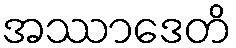
အဿာဒေတိ